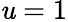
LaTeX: \mathit{u}=1